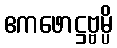
ဧကဖောဋ္ဌဗ္ဗမ္ပိ